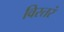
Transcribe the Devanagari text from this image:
विस्तरं